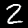
Label: 2